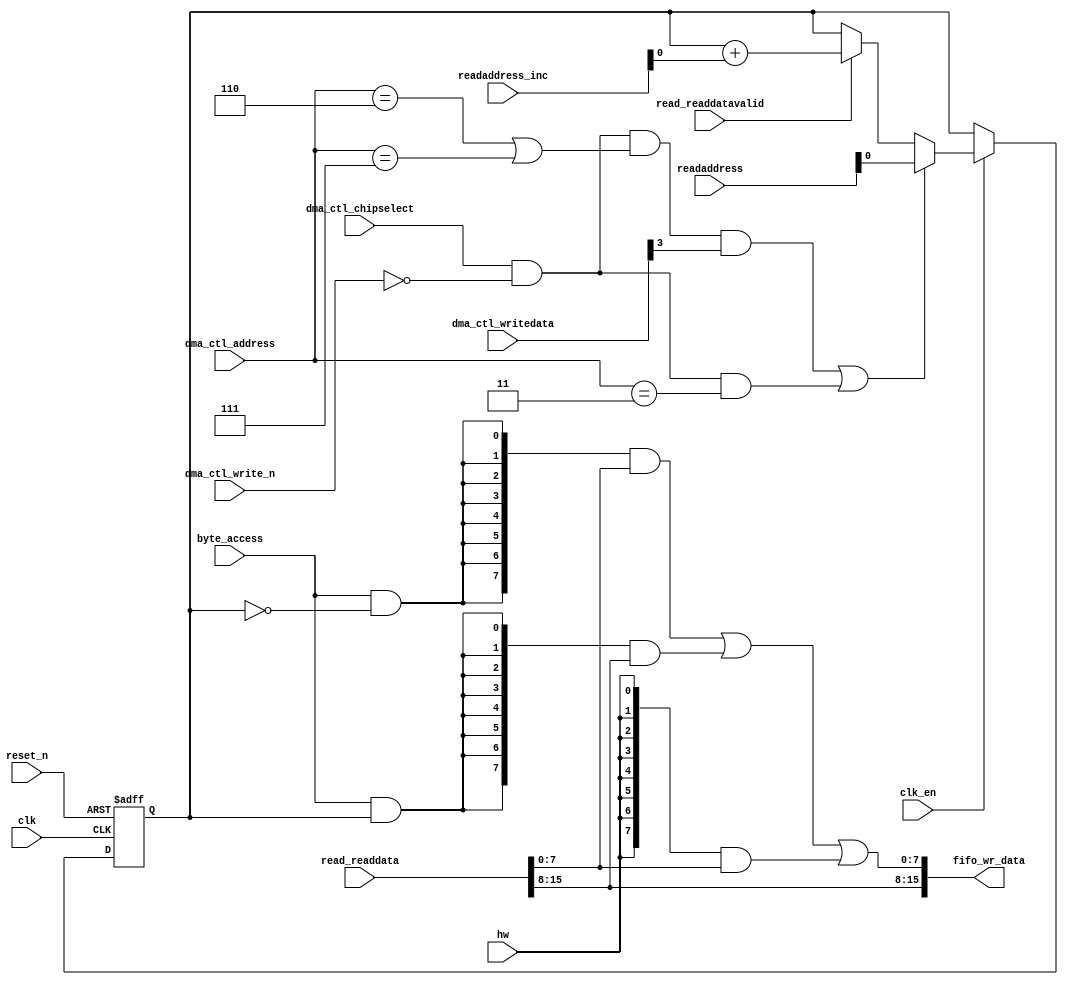
//Legal Notice: (C)2020 Altera Corporation. All rights reserved.  Your
//use of Altera Corporation's design tools, logic functions and other
//software and tools, and its AMPP partner logic functions, and any
//output files any of the foregoing (including device programming or
//simulation files), and any associated documentation or information are
//expressly subject to the terms and conditions of the Altera Program
//License Subscription Agreement or other applicable license agreement,
//including, without limitation, that your use is for the sole purpose
//of programming logic devices manufactured by Altera and sold by Altera
//or its authorized distributors.  Please refer to the applicable
//agreement for further details.

// synthesis translate_off
`timescale 1ns / 1ps
// synthesis translate_on

// turn off superfluous verilog processor warnings 
// altera message_level Level1 
// altera message_off 10034 10035 10036 10037 10230 10240 10030 

module system_0_dma_0_read_data_mux (
                                      // inputs:
                                       byte_access,
                                       clk,
                                       clk_en,
                                       dma_ctl_address,
                                       dma_ctl_chipselect,
                                       dma_ctl_write_n,
                                       dma_ctl_writedata,
                                       hw,
                                       read_readdata,
                                       read_readdatavalid,
                                       readaddress,
                                       readaddress_inc,
                                       reset_n,

                                      // outputs:
                                       fifo_wr_data
                                    )
;

  output  [ 15: 0] fifo_wr_data;
  input            byte_access;
  input            clk;
  input            clk_en;
  input   [  2: 0] dma_ctl_address;
  input            dma_ctl_chipselect;
  input            dma_ctl_write_n;
  input   [ 24: 0] dma_ctl_writedata;
  input            hw;
  input   [ 15: 0] read_readdata;
  input            read_readdatavalid;
  input   [ 24: 0] readaddress;
  input   [  4: 0] readaddress_inc;
  input            reset_n;

  wire             control_write;
  wire    [ 15: 0] fifo_wr_data;
  wire             length_write;
  wire             read_data_mux_input;
  reg              readdata_mux_select;
  assign control_write = dma_ctl_chipselect & ~dma_ctl_write_n & ((dma_ctl_address == 6) || (dma_ctl_address == 7));
  assign length_write = dma_ctl_chipselect & ~dma_ctl_write_n & (dma_ctl_address == 3);
  assign read_data_mux_input = ((control_write && dma_ctl_writedata[3] || length_write))? readaddress[1 : 0] :
    (read_readdatavalid)? (readdata_mux_select + readaddress_inc) :
    readdata_mux_select;

  // Reset value: the transaction size bits of the read address reset value.
  always @(posedge clk or negedge reset_n)
    begin
      if (reset_n == 0)
          readdata_mux_select <= 0;
      else if (clk_en)
          readdata_mux_select <= read_data_mux_input;
    end


  assign fifo_wr_data[15 : 8] = read_readdata[15 : 8];
  assign fifo_wr_data[7 : 0] = ({8 {(byte_access & (readdata_mux_select == 0))}} & read_readdata[7 : 0]) |
    ({8 {(byte_access & (readdata_mux_select == 1))}} & read_readdata[15 : 8]) |
    ({8 {hw}} & read_readdata[7 : 0]);


endmodule


// synthesis translate_off
`timescale 1ns / 1ps
// synthesis translate_on

// turn off superfluous verilog processor warnings 
// altera message_level Level1 
// altera message_off 10034 10035 10036 10037 10230 10240 10030 

module system_0_dma_0_byteenables (
                                    // inputs:
                                     byte_access,
                                     hw,
                                     write_address,

                                    // outputs:
                                     write_byteenable
                                  )
;

  output  [  1: 0] write_byteenable;
  input            byte_access;
  input            hw;
  input   [ 24: 0] write_address;

  wire             wa_0_is_0;
  wire             wa_0_is_1;
  wire    [  1: 0] write_byteenable;
  assign wa_0_is_1 = write_address[0] == 1'h1;
  assign wa_0_is_0 = write_address[0] == 1'h0;
  assign write_byteenable = ({2 {byte_access}} & {wa_0_is_1, wa_0_is_0}) |
    ({2 {hw}} & 2'b11);


endmodule


// synthesis translate_off
`timescale 1ns / 1ps
// synthesis translate_on

// turn off superfluous verilog processor warnings 
// altera message_level Level1 
// altera message_off 10034 10035 10036 10037 10230 10240 10030 

module system_0_dma_0_fifo_module_fifo_ram_module (
                                                    // inputs:
                                                     clk,
                                                     data,
                                                     rdaddress,
                                                     rdclken,
                                                     reset_n,
                                                     wraddress,
                                                     wrclock,
                                                     wren,

                                                    // outputs:
                                                     q
                                                  )
;

  output  [ 15: 0] q;
  input            clk;
  input   [ 15: 0] data;
  input   [  8: 0] rdaddress;
  input            rdclken;
  input            reset_n;
  input   [  8: 0] wraddress;
  input            wrclock;
  input            wren;

  reg     [ 15: 0] mem_array [511: 0];
  wire    [ 15: 0] q;
  reg     [  8: 0] read_address;

//synthesis translate_off
//////////////// SIMULATION-ONLY CONTENTS
  always @(posedge clk or negedge reset_n)
    begin
      if (reset_n == 0)
          read_address <= 0;
      else if (rdclken)
          read_address <= rdaddress;
    end


  // Data read is synchronized through latent_rdaddress.
  assign q = mem_array[read_address];

  always @(posedge wrclock)
    begin
      // Write data
      if (wren)
          mem_array[wraddress] <= data;
    end



//////////////// END SIMULATION-ONLY CONTENTS

//synthesis translate_on
//synthesis read_comments_as_HDL on
//  always @(rdaddress)
//    begin
//      read_address = rdaddress;
//    end
//
//
//  lpm_ram_dp lpm_ram_dp_component
//    (
//      .data (data),
//      .q (q),
//      .rdaddress (read_address),
//      .rdclken (rdclken),
//      .rdclock (clk),
//      .wraddress (wraddress),
//      .wrclock (wrclock),
//      .wren (wren)
//    );
//
//  defparam lpm_ram_dp_component.lpm_file = "UNUSED",
//           lpm_ram_dp_component.lpm_hint = "USE_EAB=ON",
//           lpm_ram_dp_component.lpm_indata = "REGISTERED",
//           lpm_ram_dp_component.lpm_outdata = "UNREGISTERED",
//           lpm_ram_dp_component.lpm_rdaddress_control = "REGISTERED",
//           lpm_ram_dp_component.lpm_width = 16,
//           lpm_ram_dp_component.lpm_widthad = 9,
//           lpm_ram_dp_component.lpm_wraddress_control = "REGISTERED",
//           lpm_ram_dp_component.suppress_memory_conversion_warnings = "ON";
//
//synthesis read_comments_as_HDL off

endmodule


// synthesis translate_off
`timescale 1ns / 1ps
// synthesis translate_on

// turn off superfluous verilog processor warnings 
// altera message_level Level1 
// altera message_off 10034 10035 10036 10037 10230 10240 10030 

module system_0_dma_0_fifo_module (
                                    // inputs:
                                     clk,
                                     clk_en,
                                     fifo_read,
                                     fifo_wr_data,
                                     fifo_write,
                                     flush_fifo,
                                     inc_pending_data,
                                     reset_n,

                                    // outputs:
                                     fifo_datavalid,
                                     fifo_empty,
                                     fifo_rd_data,
                                     p1_fifo_full
                                  )
;

  output           fifo_datavalid;
  output           fifo_empty;
  output  [ 15: 0] fifo_rd_data;
  output           p1_fifo_full;
  input            clk;
  input            clk_en;
  input            fifo_read;
  input   [ 15: 0] fifo_wr_data;
  input            fifo_write;
  input            flush_fifo;
  input            inc_pending_data;
  input            reset_n;

  wire    [  8: 0] estimated_rdaddress;
  reg     [  8: 0] estimated_wraddress;
  wire             fifo_datavalid;
  wire             fifo_dec;
  reg              fifo_empty;
  reg              fifo_full;
  wire             fifo_inc;
  wire    [ 15: 0] fifo_ram_q;
  wire    [ 15: 0] fifo_rd_data;
  reg              last_write_collision;
  reg     [ 15: 0] last_write_data;
  wire    [  8: 0] p1_estimated_wraddress;
  wire             p1_fifo_empty;
  wire             p1_fifo_full;
  wire    [  8: 0] p1_wraddress;
  wire    [  8: 0] rdaddress;
  reg     [  8: 0] rdaddress_reg;
  reg     [  8: 0] wraddress;
  wire             write_collision;
  assign p1_wraddress = (fifo_write)? wraddress - 1 :
    wraddress;

  always @(posedge clk or negedge reset_n)
    begin
      if (reset_n == 0)
          wraddress <= 0;
      else if (clk_en)
          if (flush_fifo)
              wraddress <= 0;
          else 
            wraddress <= p1_wraddress;
    end


  assign rdaddress = flush_fifo ? 0 : fifo_read ? (rdaddress_reg - 1) : rdaddress_reg;
  always @(posedge clk or negedge reset_n)
    begin
      if (reset_n == 0)
          rdaddress_reg <= 0;
      else 
        rdaddress_reg <= rdaddress;
    end


  assign fifo_datavalid = ~fifo_empty;
  assign fifo_inc = fifo_write & ~fifo_read;
  assign fifo_dec = fifo_read & ~fifo_write;
  assign estimated_rdaddress = rdaddress_reg - 1;
  assign p1_estimated_wraddress = (inc_pending_data)? estimated_wraddress - 1 :
    estimated_wraddress;

  always @(posedge clk or negedge reset_n)
    begin
      if (reset_n == 0)
          estimated_wraddress <= {9 {1'b1}};
      else if (clk_en)
          if (flush_fifo)
              estimated_wraddress <= {9 {1'b1}};
          else 
            estimated_wraddress <= p1_estimated_wraddress;
    end


  assign p1_fifo_empty = flush_fifo  | ((~fifo_inc & fifo_empty) | (fifo_dec & (wraddress == estimated_rdaddress)));
  always @(posedge clk or negedge reset_n)
    begin
      if (reset_n == 0)
          fifo_empty <= 1;
      else if (clk_en)
          fifo_empty <= p1_fifo_empty;
    end


  assign p1_fifo_full = ~flush_fifo & ((~fifo_dec & fifo_full)  | (inc_pending_data & (estimated_wraddress == rdaddress)));
  always @(posedge clk or negedge reset_n)
    begin
      if (reset_n == 0)
          fifo_full <= 0;
      else if (clk_en)
          fifo_full <= p1_fifo_full;
    end


  assign write_collision = fifo_write && (wraddress == rdaddress);
  always @(posedge clk or negedge reset_n)
    begin
      if (reset_n == 0)
          last_write_data <= 0;
      else if (write_collision)
          last_write_data <= fifo_wr_data;
    end


  always @(posedge clk or negedge reset_n)
    begin
      if (reset_n == 0)
          last_write_collision <= 0;
      else if (write_collision)
          last_write_collision <= -1;
      else if (fifo_read)
          last_write_collision <= 0;
    end


  assign fifo_rd_data = last_write_collision ? last_write_data : fifo_ram_q;
  //system_0_dma_0_fifo_module_fifo_ram, which is an e_ram
  system_0_dma_0_fifo_module_fifo_ram_module system_0_dma_0_fifo_module_fifo_ram
    (
      .clk       (clk),
      .data      (fifo_wr_data),
      .q         (fifo_ram_q),
      .rdaddress (rdaddress),
      .rdclken   (1'b1),
      .reset_n   (reset_n),
      .wraddress (wraddress),
      .wrclock   (clk),
      .wren      (fifo_write)
    );


endmodule


// synthesis translate_off
`timescale 1ns / 1ps
// synthesis translate_on

// turn off superfluous verilog processor warnings 
// altera message_level Level1 
// altera message_off 10034 10035 10036 10037 10230 10240 10030 

module system_0_dma_0_mem_read (
                                 // inputs:
                                  clk,
                                  clk_en,
                                  go,
                                  p1_done_read,
                                  p1_fifo_full,
                                  read_waitrequest,
                                  reset_n,

                                 // outputs:
                                  inc_read,
                                  mem_read_n
                               )
;

  output           inc_read;
  output           mem_read_n;
  input            clk;
  input            clk_en;
  input            go;
  input            p1_done_read;
  input            p1_fifo_full;
  input            read_waitrequest;
  input            reset_n;

  wire             inc_read;
  wire             mem_read_n;
  wire             p1_read_select;
  reg              read_select;
  reg              system_0_dma_0_mem_read_access;
  reg              system_0_dma_0_mem_read_idle;
  assign mem_read_n = ~read_select;
  always @(posedge clk or negedge reset_n)
    begin
      if (reset_n == 0)
          read_select <= 0;
      else if (clk_en)
          read_select <= p1_read_select;
    end


  assign inc_read = read_select & ~read_waitrequest;
  // Transitions into state 'idle'.
  always @(posedge clk or negedge reset_n)
    begin
      if (reset_n == 0)
          system_0_dma_0_mem_read_idle <= 1;
      else if (clk_en)
          system_0_dma_0_mem_read_idle <= ((system_0_dma_0_mem_read_idle == 1) & (go == 0)) |
                    ((system_0_dma_0_mem_read_idle == 1) & (p1_done_read == 1)) |
                    ((system_0_dma_0_mem_read_idle == 1) & (p1_fifo_full == 1)) |
                    ((system_0_dma_0_mem_read_access == 1) & (p1_fifo_full == 1) & (read_waitrequest == 0)) |
                    ((system_0_dma_0_mem_read_access == 1) & (p1_done_read == 1) & (read_waitrequest == 0));

    end


  // Transitions into state 'access'.
  always @(posedge clk or negedge reset_n)
    begin
      if (reset_n == 0)
          system_0_dma_0_mem_read_access <= 0;
      else if (clk_en)
          system_0_dma_0_mem_read_access <= ((system_0_dma_0_mem_read_idle == 1) & (p1_fifo_full == 0) & (p1_done_read == 0) & (go == 1)) |
                    ((system_0_dma_0_mem_read_access == 1) & (read_waitrequest == 1)) |
                    ((system_0_dma_0_mem_read_access == 1) & (p1_fifo_full == 0) & (p1_done_read == 0) & (read_waitrequest == 0));

    end


  assign p1_read_select = ({1 {((system_0_dma_0_mem_read_access && (read_waitrequest == 1)))}} & 1) |
    ({1 {((system_0_dma_0_mem_read_access && (p1_done_read == 0) && (p1_fifo_full == 0) && (read_waitrequest == 0)))}} & 1) |
    ({1 {((system_0_dma_0_mem_read_idle && (go == 1) && (p1_done_read == 0) && (p1_fifo_full == 0)))}} & 1);


endmodule


// synthesis translate_off
`timescale 1ns / 1ps
// synthesis translate_on

// turn off superfluous verilog processor warnings 
// altera message_level Level1 
// altera message_off 10034 10035 10036 10037 10230 10240 10030 

module system_0_dma_0_mem_write (
                                  // inputs:
                                   d1_enabled_write_endofpacket,
                                   fifo_datavalid,
                                   write_waitrequest,

                                  // outputs:
                                   fifo_read,
                                   inc_write,
                                   mem_write_n,
                                   write_select
                                )
;

  output           fifo_read;
  output           inc_write;
  output           mem_write_n;
  output           write_select;
  input            d1_enabled_write_endofpacket;
  input            fifo_datavalid;
  input            write_waitrequest;

  wire             fifo_read;
  wire             inc_write;
  wire             mem_write_n;
  wire             write_select;
  assign write_select = fifo_datavalid & ~d1_enabled_write_endofpacket;
  assign mem_write_n = ~write_select;
  assign fifo_read = write_select & ~write_waitrequest;
  assign inc_write = fifo_read;

endmodule


// synthesis translate_off
`timescale 1ns / 1ps
// synthesis translate_on

// turn off superfluous verilog processor warnings 
// altera message_level Level1 
// altera message_off 10034 10035 10036 10037 10230 10240 10030 

//DMA peripheral system_0_dma_0
//Read slaves:
//sram_0.avalon_slave_0,DM9000A.avalon_slave_0; 
//Write slaves:
//sram_0.avalon_slave_0,DM9000A.avalon_slave_0; 


module system_0_dma_0 (
                        // inputs:
                         clk,
                         dma_ctl_address,
                         dma_ctl_chipselect,
                         dma_ctl_write_n,
                         dma_ctl_writedata,
                         read_readdata,
                         read_readdatavalid,
                         read_waitrequest,
                         system_reset_n,
                         write_waitrequest,

                        // outputs:
                         dma_ctl_irq,
                         dma_ctl_readdata,
                         read_address,
                         read_burstcount,
                         read_chipselect,
                         read_read_n,
                         write_address,
                         write_burstcount,
                         write_byteenable,
                         write_chipselect,
                         write_write_n,
                         write_writedata
                      )
  /* synthesis ALTERA_ATTRIBUTE = "SUPPRESS_DA_RULE_INTERNAL=\"R101\"" */ ;

  output           dma_ctl_irq;
  output  [ 24: 0] dma_ctl_readdata;
  output  [ 24: 0] read_address;
  output  [  9: 0] read_burstcount;
  output           read_chipselect;
  output           read_read_n;
  output  [ 24: 0] write_address;
  output  [  9: 0] write_burstcount;
  output  [  1: 0] write_byteenable;
  output           write_chipselect;
  output           write_write_n;
  output  [ 15: 0] write_writedata;
  input            clk;
  input   [  2: 0] dma_ctl_address;
  input            dma_ctl_chipselect;
  input            dma_ctl_write_n;
  input   [ 24: 0] dma_ctl_writedata;
  input   [ 15: 0] read_readdata;
  input            read_readdatavalid;
  input            read_waitrequest;
  input            system_reset_n;
  input            write_waitrequest;

  reg              burst_read_waitrequest_s1;
  reg     [  9: 0] burstcount;
  reg     [  9: 0] burstcount_update;
  wire             busy;
  wire             byte_access;
  wire             clk_en;
  reg     [ 12: 0] control;
  reg              d1_done_transaction;
  reg              d1_enabled_write_endofpacket;
  reg              d1_read_got_endofpacket;
  reg              d1_softwarereset;
  wire             dma_ctl_irq;
  reg     [ 24: 0] dma_ctl_readdata;
  reg              done;
  wire             done_transaction;
  reg              done_write;
  wire             doubleword;
  wire             enabled_write_endofpacket;
  wire             fifo_datavalid;
  wire             fifo_empty;
  wire    [ 15: 0] fifo_rd_data;
  wire    [ 15: 0] fifo_rd_data_as_byte_access;
  wire    [ 15: 0] fifo_rd_data_as_hw;
  wire             fifo_read;
  wire    [ 15: 0] fifo_wr_data;
  wire             fifo_write;
  wire             fifo_write_data_valid;
  wire             flush_fifo;
  wire             go;
  wire             hw;
  wire             i_en;
  wire             inc_read;
  wire             inc_write;
  wire             leen;
  reg              len;
  reg     [ 19: 0] length;
  reg              length_eq_0;
  wire             length_register_write;
  wire             mem_read_n;
  wire             mem_write_n;
  wire    [ 12: 0] p1_control;
  wire    [ 24: 0] p1_dma_ctl_readdata;
  wire             p1_done_read;
  wire             p1_done_write;
  wire             p1_fifo_full;
  wire    [ 19: 0] p1_length;
  wire             p1_length_eq_0;
  wire             p1_read_got_endofpacket;
  wire    [ 24: 0] p1_readaddress;
  wire             p1_write_got_endofpacket;
  wire    [ 24: 0] p1_writeaddress;
  wire    [ 19: 0] p1_writelength;
  wire             p1_writelength_eq_0;
  wire             quadword;
  wire             rcon;
  wire    [ 24: 0] read_address;
  wire    [  9: 0] read_burstcount;
  wire             read_chipselect;
  wire             read_endofpacket;
  reg              read_got_endofpacket;
  wire             read_read_n;
  reg              read_waitrequest_s1;
  reg     [ 24: 0] readaddress;
  wire    [  4: 0] readaddress_inc;
  wire             reen;
  reg              reop;
  reg              reset_n;
  wire             set_software_reset_bit;
  reg              software_reset_request;
  wire             softwarereset;
  wire    [  4: 0] status;
  wire             status_register_write;
  wire             wcon;
  wire             ween;
  reg              weop;
  wire             word;
  wire    [ 24: 0] write_address;
  wire    [  9: 0] write_burstcount;
  wire    [  1: 0] write_byteenable;
  wire             write_chipselect;
  wire             write_endofpacket;
  reg              write_got_endofpacket;
  wire             write_select;
  wire             write_write_n;
  wire    [ 15: 0] write_writedata;
  reg     [ 24: 0] writeaddress;
  wire    [  4: 0] writeaddress_inc;
  reg     [ 19: 0] writelength;
  reg              writelength_eq_0;
  assign clk_en = 1;
  //control_port_slave, which is an e_avalon_slave
  //read_master, which is an e_avalon_master
  system_0_dma_0_read_data_mux the_system_0_dma_0_read_data_mux
    (
      .byte_access        (byte_access),
      .clk                (clk),
      .clk_en             (clk_en),
      .dma_ctl_address    (dma_ctl_address),
      .dma_ctl_chipselect (dma_ctl_chipselect),
      .dma_ctl_write_n    (dma_ctl_write_n),
      .dma_ctl_writedata  (dma_ctl_writedata),
      .fifo_wr_data       (fifo_wr_data),
      .hw                 (hw),
      .read_readdata      (read_readdata),
      .read_readdatavalid (read_readdatavalid),
      .readaddress        (readaddress),
      .readaddress_inc    (readaddress_inc),
      .reset_n            (reset_n)
    );

  //write_master, which is an e_avalon_master
  system_0_dma_0_byteenables the_system_0_dma_0_byteenables
    (
      .byte_access      (byte_access),
      .hw               (hw),
      .write_address    (write_address),
      .write_byteenable (write_byteenable)
    );

  assign length_register_write = dma_ctl_chipselect & ~dma_ctl_write_n & (dma_ctl_address == 3);
  always @(posedge clk or negedge reset_n)
    begin
      if (reset_n == 0)
          burstcount_update <= 1;
      else if (length_register_write)
          burstcount_update <= dma_ctl_writedata >> 1;
    end


  always @(posedge clk or negedge reset_n)
    begin
      if (reset_n == 0)
          burstcount <= 1;
      else if (~busy)
          burstcount <= burstcount_update;
    end


  assign read_burstcount = burstcount;
  assign write_burstcount = burstcount;
  //read burst request cycle
  always @(posedge clk or negedge reset_n)
    begin
      if (reset_n == 0)
          burst_read_waitrequest_s1 <= 0;
      else if (clk_en)
          burst_read_waitrequest_s1 <= ~mem_read_n;
    end


  always @(posedge clk or negedge reset_n)
    begin
      if (reset_n == 0)
          read_waitrequest_s1 <= 0;
      else if (clk_en)
          read_waitrequest_s1 <= read_waitrequest;
    end


  assign read_read_n = (~read_waitrequest_s1 & burst_read_waitrequest_s1) || mem_read_n;
  assign status_register_write = dma_ctl_chipselect & ~dma_ctl_write_n & (dma_ctl_address == 0);
  // read address
  always @(posedge clk or negedge reset_n)
    begin
      if (reset_n == 0)
          readaddress <= 25'h0;
      else if (clk_en)
          readaddress <= p1_readaddress;
    end


  assign p1_readaddress = ((dma_ctl_chipselect & ~dma_ctl_write_n & (dma_ctl_address == 1)))? dma_ctl_writedata :
    (inc_read)? (readaddress + readaddress_inc) :
    readaddress;

  // write address
  always @(posedge clk or negedge reset_n)
    begin
      if (reset_n == 0)
          writeaddress <= 25'h0;
      else if (clk_en)
          writeaddress <= p1_writeaddress;
    end


  assign p1_writeaddress = ((dma_ctl_chipselect & ~dma_ctl_write_n & (dma_ctl_address == 2)))? dma_ctl_writedata :
    (inc_write)? (writeaddress + writeaddress_inc) :
    writeaddress;

  // length in bytes
  always @(posedge clk or negedge reset_n)
    begin
      if (reset_n == 0)
          length <= 20'h0;
      else if (clk_en)
          length <= p1_length;
    end


  assign p1_length = ((dma_ctl_chipselect & ~dma_ctl_write_n & (dma_ctl_address == 3)))? dma_ctl_writedata :
    ((inc_read && (!length_eq_0)))? length - length :
    length;

  // control register
  always @(posedge clk or negedge reset_n)
    begin
      if (reset_n == 0)
          control <= 13'h84;
      else if (clk_en)
          control <= p1_control;
    end


  assign p1_control = ((dma_ctl_chipselect & ~dma_ctl_write_n & ((dma_ctl_address == 6) || (dma_ctl_address == 7))))? dma_ctl_writedata :
    control;

  // write master length
  always @(posedge clk or negedge reset_n)
    begin
      if (reset_n == 0)
          writelength <= 20'h0;
      else if (clk_en)
          writelength <= p1_writelength;
    end


  assign p1_writelength = ((dma_ctl_chipselect & ~dma_ctl_write_n & (dma_ctl_address == 3)))? dma_ctl_writedata :
    ((inc_write && (!writelength_eq_0)))? writelength - {1'b0,
    1'b0,
    1'b0,
    hw,
    byte_access} :
    writelength;

  assign p1_writelength_eq_0 = inc_write && (!writelength_eq_0) && ((writelength  - {1'b0,
    1'b0,
    1'b0,
    hw,
    byte_access}) == 0);

  assign p1_length_eq_0 = inc_read && (!length_eq_0) && ((length  - length) == 0);
  always @(posedge clk or negedge reset_n)
    begin
      if (reset_n == 0)
          length_eq_0 <= 1;
      else if (clk_en)
          if (dma_ctl_chipselect & ~dma_ctl_write_n & (dma_ctl_address == 3))
              length_eq_0 <= 0;
          else if (p1_length_eq_0)
              length_eq_0 <= -1;
    end


  always @(posedge clk or negedge reset_n)
    begin
      if (reset_n == 0)
          writelength_eq_0 <= 1;
      else if (clk_en)
          if (dma_ctl_chipselect & ~dma_ctl_write_n & (dma_ctl_address == 3))
              writelength_eq_0 <= 0;
          else if (p1_writelength_eq_0)
              writelength_eq_0 <= -1;
    end


  assign writeaddress_inc = (wcon)? 0 :
    (1)? 0 :
    {1'b0,
    1'b0,
    1'b0,
    hw,
    byte_access};

  assign readaddress_inc = (rcon)? 0 :
    (1)? 0 :
    {1'b0,
    1'b0,
    1'b0,
    hw,
    byte_access};

  assign p1_dma_ctl_readdata = ({25 {(dma_ctl_address == 0)}} & status) |
    ({25 {(dma_ctl_address == 1)}} & readaddress) |
    ({25 {(dma_ctl_address == 2)}} & writeaddress) |
    ({25 {(dma_ctl_address == 3)}} & writelength) |
    ({25 {(dma_ctl_address == 6)}} & control);

  always @(posedge clk or negedge reset_n)
    begin
      if (reset_n == 0)
          dma_ctl_readdata <= 0;
      else if (clk_en)
          dma_ctl_readdata <= p1_dma_ctl_readdata;
    end


  assign done_transaction = go & done_write;
  always @(posedge clk or negedge reset_n)
    begin
      if (reset_n == 0)
          done <= 0;
      else if (clk_en)
          if (status_register_write)
              done <= 0;
          else if (done_transaction & ~d1_done_transaction)
              done <= -1;
    end


  always @(posedge clk or negedge reset_n)
    begin
      if (reset_n == 0)
          d1_done_transaction <= 0;
      else if (clk_en)
          d1_done_transaction <= done_transaction;
    end


  assign busy = go & ~done_write;
  assign status[0] = done;
  assign status[1] = busy;
  assign status[2] = reop;
  assign status[3] = weop;
  assign status[4] = len;
  assign byte_access = control[0];
  assign hw = control[1];
  assign word = control[2];
  assign go = control[3];
  assign i_en = control[4];
  assign reen = 1'b0;
  assign ween = 1'b0;
  assign leen = control[7];
  assign rcon = control[8];
  assign wcon = control[9];
  assign doubleword = control[10];
  assign quadword = control[11];
  assign softwarereset = control[12];
  assign dma_ctl_irq = i_en & done;
  assign p1_read_got_endofpacket = ~status_register_write && (read_got_endofpacket || (read_endofpacket & reen));
  assign p1_write_got_endofpacket = ~status_register_write && (write_got_endofpacket || (inc_write & write_endofpacket & ween));
  always @(posedge clk or negedge reset_n)
    begin
      if (reset_n == 0)
          read_got_endofpacket <= 0;
      else if (clk_en)
          read_got_endofpacket <= p1_read_got_endofpacket;
    end


  always @(posedge clk or negedge reset_n)
    begin
      if (reset_n == 0)
          write_got_endofpacket <= 0;
      else if (clk_en)
          write_got_endofpacket <= p1_write_got_endofpacket;
    end


  assign flush_fifo = ~d1_done_transaction & done_transaction;
  system_0_dma_0_fifo_module the_system_0_dma_0_fifo_module
    (
      .clk              (clk),
      .clk_en           (clk_en),
      .fifo_datavalid   (fifo_datavalid),
      .fifo_empty       (fifo_empty),
      .fifo_rd_data     (fifo_rd_data),
      .fifo_read        (fifo_read),
      .fifo_wr_data     (fifo_wr_data),
      .fifo_write       (fifo_write),
      .flush_fifo       (flush_fifo),
      .inc_pending_data (inc_read),
      .p1_fifo_full     (p1_fifo_full),
      .reset_n          (reset_n)
    );

  //the_system_0_dma_0_mem_read, which is an e_instance
  system_0_dma_0_mem_read the_system_0_dma_0_mem_read
    (
      .clk              (clk),
      .clk_en           (clk_en),
      .go               (go),
      .inc_read         (inc_read),
      .mem_read_n       (mem_read_n),
      .p1_done_read     (p1_done_read),
      .p1_fifo_full     (p1_fifo_full),
      .read_waitrequest (read_waitrequest),
      .reset_n          (reset_n)
    );

  assign fifo_write = fifo_write_data_valid;
  assign enabled_write_endofpacket = write_endofpacket & ween;
  always @(posedge clk or negedge reset_n)
    begin
      if (reset_n == 0)
          d1_enabled_write_endofpacket <= 0;
      else if (clk_en)
          d1_enabled_write_endofpacket <= enabled_write_endofpacket;
    end


  system_0_dma_0_mem_write the_system_0_dma_0_mem_write
    (
      .d1_enabled_write_endofpacket (d1_enabled_write_endofpacket),
      .fifo_datavalid               (fifo_datavalid),
      .fifo_read                    (fifo_read),
      .inc_write                    (inc_write),
      .mem_write_n                  (mem_write_n),
      .write_select                 (write_select),
      .write_waitrequest            (write_waitrequest)
    );

  assign p1_done_read = (leen && (p1_length_eq_0 || (length_eq_0))) | p1_read_got_endofpacket | p1_done_write;
  always @(posedge clk or negedge reset_n)
    begin
      if (reset_n == 0)
          len <= 0;
      else if (clk_en)
          if (status_register_write)
              len <= 0;
          else if (~d1_done_transaction & done_transaction && (writelength_eq_0))
              len <= -1;
    end


  always @(posedge clk or negedge reset_n)
    begin
      if (reset_n == 0)
          reop <= 0;
      else if (clk_en)
          if (status_register_write)
              reop <= 0;
          else if (fifo_empty & read_got_endofpacket & d1_read_got_endofpacket)
              reop <= -1;
    end


  always @(posedge clk or negedge reset_n)
    begin
      if (reset_n == 0)
          weop <= 0;
      else if (clk_en)
          if (status_register_write)
              weop <= 0;
          else if (write_got_endofpacket)
              weop <= -1;
    end


  assign p1_done_write = (leen && (p1_writelength_eq_0 || writelength_eq_0)) | p1_write_got_endofpacket | fifo_empty & d1_read_got_endofpacket;
  always @(posedge clk or negedge reset_n)
    begin
      if (reset_n == 0)
          d1_read_got_endofpacket <= 0;
      else if (clk_en)
          d1_read_got_endofpacket <= read_got_endofpacket;
    end


  // Write has completed when the length goes to 0, or
  //the write source said end-of-packet, or
  //the read source said end-of-packet and the fifo has emptied.
  always @(posedge clk or negedge reset_n)
    begin
      if (reset_n == 0)
          done_write <= 0;
      else if (clk_en)
          done_write <= p1_done_write;
    end


  assign read_address = readaddress;
  assign write_address = writeaddress;
  assign write_chipselect = write_select;
  assign read_chipselect = ~read_read_n;
  assign write_write_n = mem_write_n;
  assign fifo_rd_data_as_byte_access = {fifo_rd_data[7 : 0],
    fifo_rd_data[7 : 0]};

  assign fifo_rd_data_as_hw = fifo_rd_data[15 : 0];
  assign write_writedata = ({16 {byte_access}} & fifo_rd_data_as_byte_access) |
    ({16 {hw}} & fifo_rd_data_as_hw);

  assign fifo_write_data_valid = read_readdatavalid;
  assign set_software_reset_bit = ((dma_ctl_chipselect & ~dma_ctl_write_n & ((dma_ctl_address == 6) || (dma_ctl_address == 7)))) & (dma_ctl_address != 7) & dma_ctl_writedata[12];
  always @(posedge clk or negedge system_reset_n)
    begin
      if (system_reset_n == 0)
          d1_softwarereset <= 0;
      else if (set_software_reset_bit | software_reset_request)
          d1_softwarereset <= softwarereset & ~software_reset_request;
    end


  always @(posedge clk or negedge system_reset_n)
    begin
      if (system_reset_n == 0)
          software_reset_request <= 0;
      else if (set_software_reset_bit | software_reset_request)
          software_reset_request <= d1_softwarereset & ~software_reset_request;
    end


  always @(posedge clk or negedge system_reset_n)
    begin
      if (system_reset_n == 0)
          reset_n <= 0;
      else 
        reset_n <= ~(~system_reset_n | software_reset_request);
    end


  assign read_endofpacket = 0;
  assign write_endofpacket = 0;

endmodule